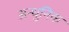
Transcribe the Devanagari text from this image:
अन्धुनिक